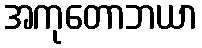
အကုတောဘယာ